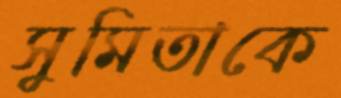
সুমিতাকে